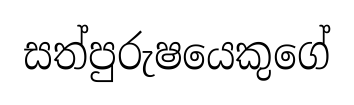
සත්පුරුෂයෙකුගේ